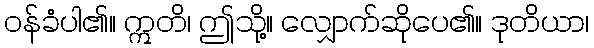
ဝန်ခံပါ၏။ ဣတိ၊ ဤသို့။ လျှောက်ဆိုပေ၏။ ဒုတိယာ၊